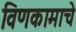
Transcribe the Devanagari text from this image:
विणकामाचे